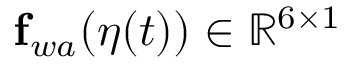
\mathbf { f } _ { w a } ( \eta ( t ) ) \in \mathbb { R } ^ { 6 \times 1 }